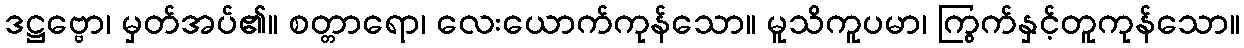
ဒဋ္ဌဗ္ဗော၊ မှတ်အပ်၏။ စတ္တာရော၊ လေးယောက်ကုန်သော။ မူသိကူပမာ၊ ကြွက်နှင့်တူကုန်သော။